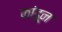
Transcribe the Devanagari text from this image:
कांडून